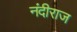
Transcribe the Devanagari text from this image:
नंदीराज